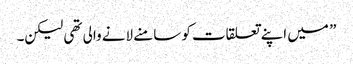
” میں اپنے تعلقات کو سامنے لانے والی تھی لیکن۔